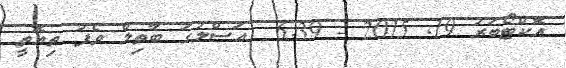
އޮކްޓޯބަރު 19